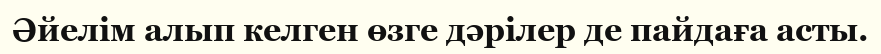
Әйелім алып келген өзге дәрілер де пайдаға асты.